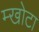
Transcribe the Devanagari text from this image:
म्खोटा